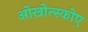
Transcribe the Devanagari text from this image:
ओख़ोत्स्कोए